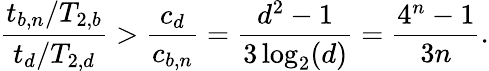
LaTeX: \frac{t_{b,n}/T_{2,b}}{t_{d}/T_{2,d}}>\frac{c_{d}}{c_{b,n}}=\frac{d^{2}-1}{3\log_{2}(d)}=\frac{4^{n}-1}{3n}.